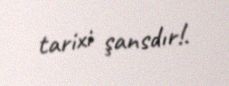
tarixi şansdır!.